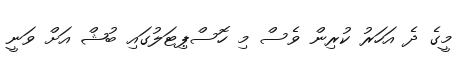
މީގެ ދެ އަހަރު ކުރިން ވެސް މި ހޮސްޕިޓަލުގައި ބުޝް އަށް ވަނީ